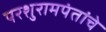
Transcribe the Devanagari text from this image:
परशुरामपंतांचे